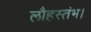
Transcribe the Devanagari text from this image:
लौहस्तंभ।